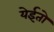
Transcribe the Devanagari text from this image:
येईतो